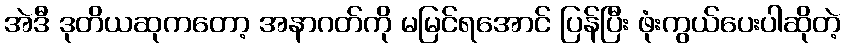
အဲဒီ ဒုတိယဆုကတော့ အနာဂတ်ကို မမြင်ရအောင် ပြန်ပြီး ဖုံးကွယ်ပေးပါဆိုတဲ့